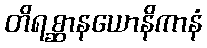
တိရစ္ဆာနယောနိကာနံ